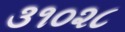
૩૧૦૨૮